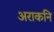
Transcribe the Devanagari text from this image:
अराकनि